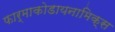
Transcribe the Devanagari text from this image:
फार्माकोडायनामिक्स